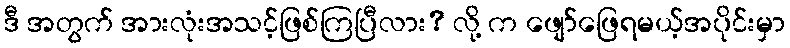
ဒီ အတွက် အားလုံးအသင့်ဖြစ်ကြပြီလား? လို့ က ဖျော်ဖြေရမယ့်အပိုင်းမှာ